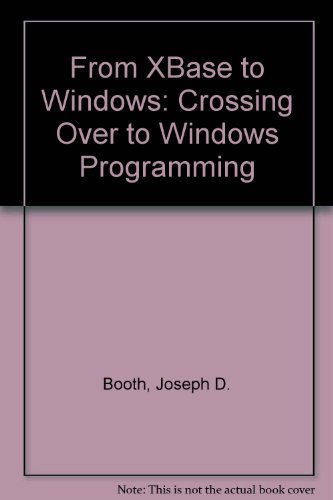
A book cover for From Xbase to Windows: Crossing over to Windows Programming; Joseph D. Booth; Computers & Technology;